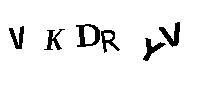
VKDRYV